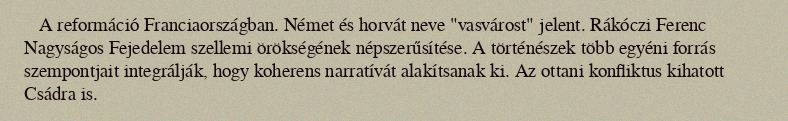
A reformáció Franciaországban. Német és horvát neve "vasvárost" jelent. Rákóczi Ferenc Nagyságos Fejedelem szellemi örökségének népszerűsítése. A történészek több egyéni forrás szempontjait integrálják, hogy koherens narratívát alakítsanak ki. Az ottani konfliktus kihatott Csádra is.